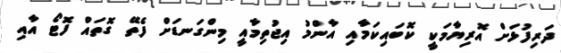
ދަރިފުޅަށް އޮރިޔާމަކީ ކޮބައިކަމާއި އާންމު އިޖުތިމާއީ މިންގަނޑަށް ފެތޭ ގޮތައް ފޮޓޯ އާއި